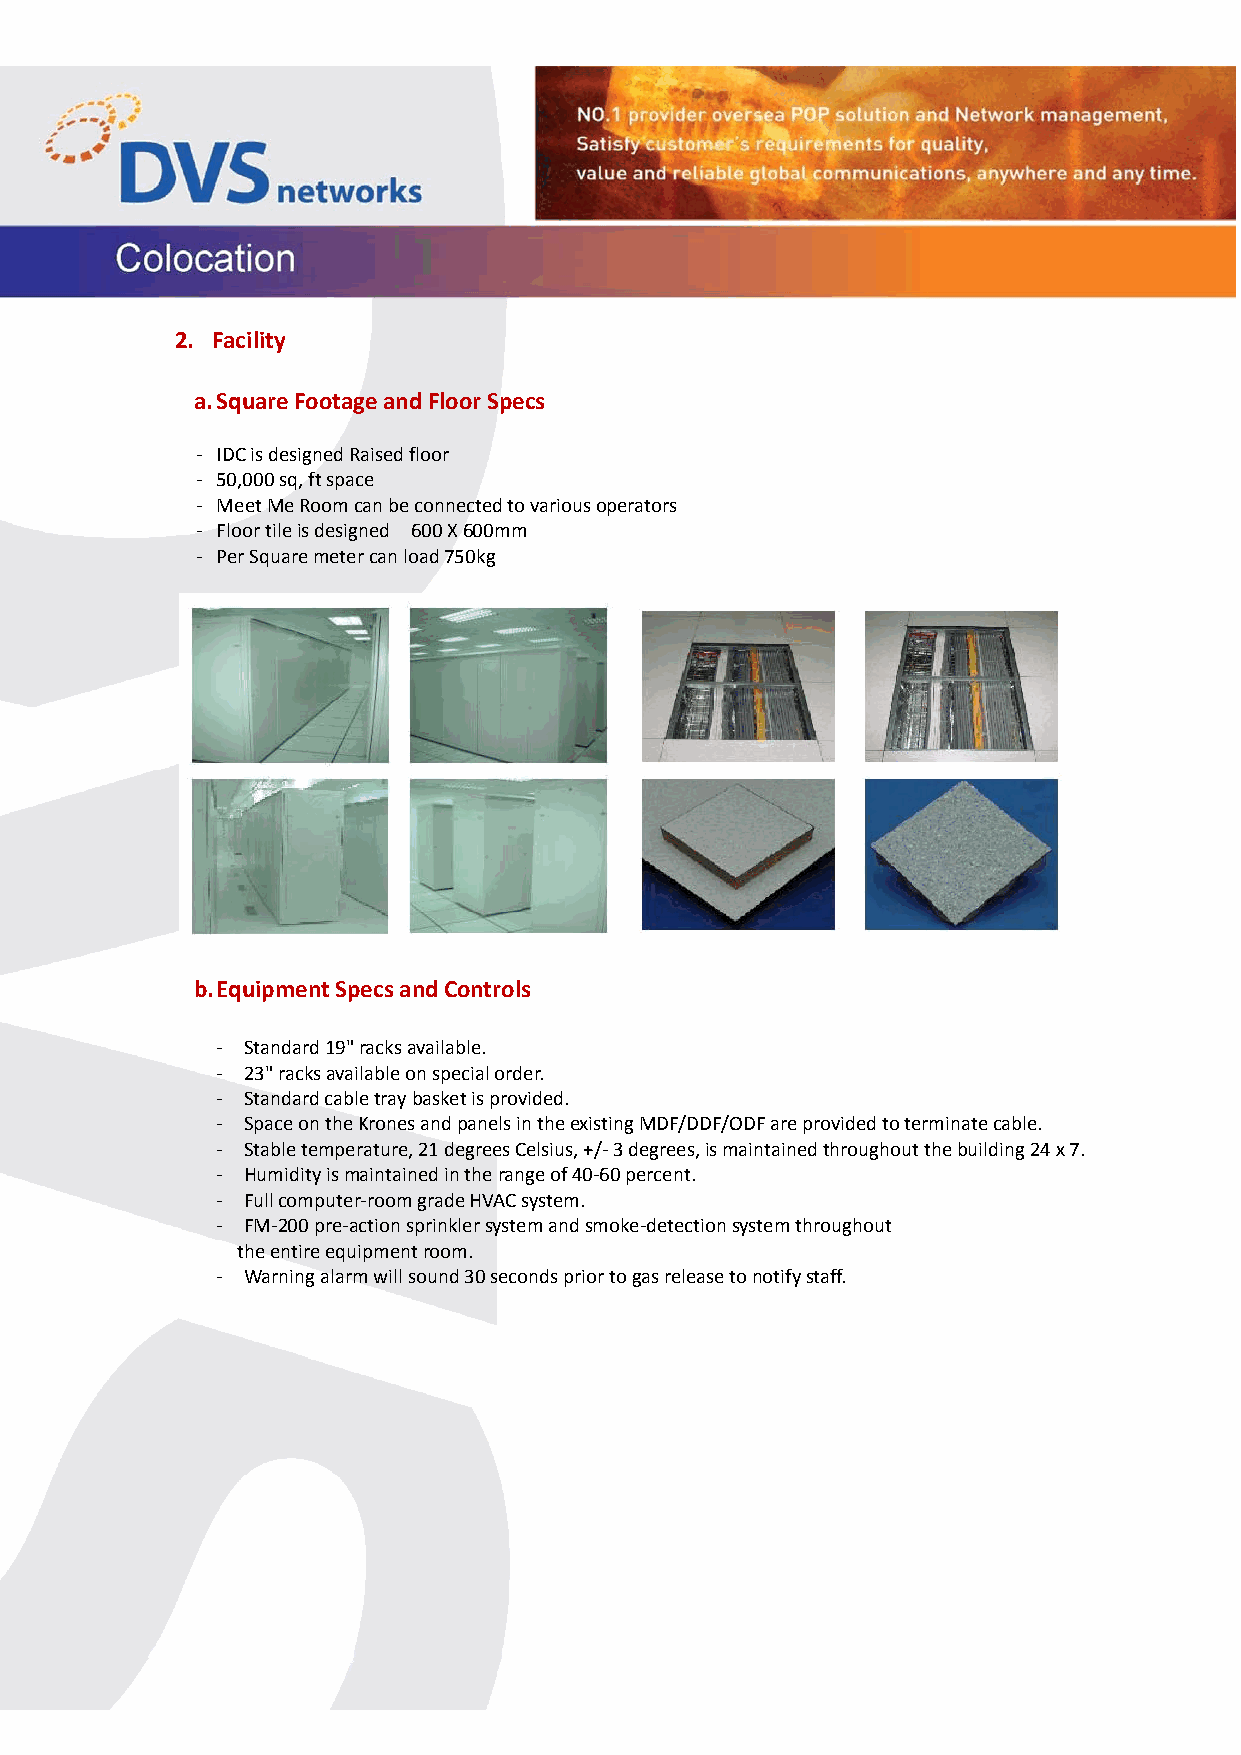
2. Facility
 a. Square Footage and Floor Specs
 ‐ IDC is designed Raised floor
 ‐ 50,000 sq, ft space
 ‐ Meet Me Room can be connected to various operators
 ‐ Floor tile is designed 600 X 600mm
 ‐ Per Square meter can load 750kg
 b. Equipment Specs and Controls
 ‐ Standard 19" racks available.
 ‐ 23" racks available on special order.
 ‐ Standard cable tray basket is provided.
 ‐ Space on the Krones and panels in the existing MDF/DDF/ODF are provided to terminate cable.
 ‐ Stable temperature, 21 degrees Celsius, +/‐ 3 degrees, is maintained throughout the building 24 x 7.
 ‐ Humidity is maintained in the range of 40‐60 percent.
 ‐ Full computer‐room grade HVAC system.
 ‐ FM‐200 pre‐action sprinkler system and smoke‐detection system throughout
 the entire equipment room.
 ‐ Warning alarm will sound 30 seconds prior to gas release to notify staff.